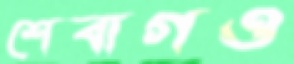
শেবাগও